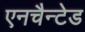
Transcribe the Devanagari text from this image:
एनचैन्टेड